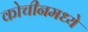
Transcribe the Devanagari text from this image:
कोचीनमध्ये